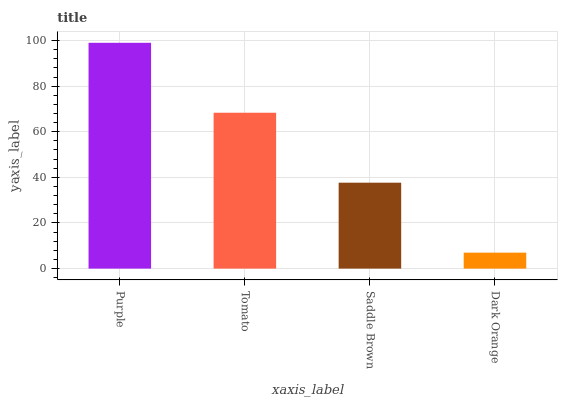
| xaxis_label | bars |
 | --- | --- |
 | Purple | 99 |
 | Tomato | 68.3 |
 | Saddle Brown | 37.7 |
 | Dark Orange | 7.01 |